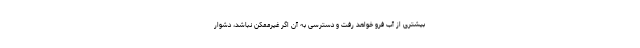
بیشتری از آب فرو خواهد رفت و دسترسی به آن اگر غیرممکن نباشد، دشوار